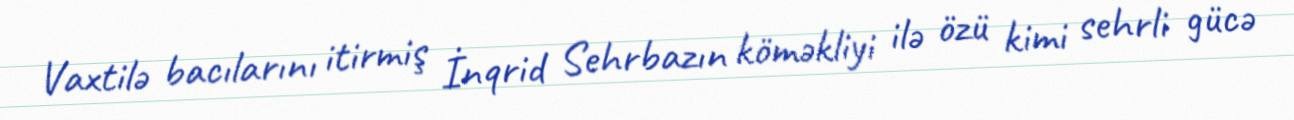
Vaxtilə bacılarını itirmiş İnqrid Sehrbazın köməkliyi ilə özü kimi sehrli gücə